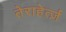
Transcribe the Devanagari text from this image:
तेराहेर्त्ज़